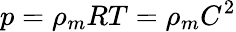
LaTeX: p=\rho_{m}RT=\rho_{m}C^{2}